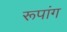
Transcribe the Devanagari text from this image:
रूपांग